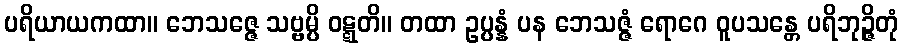
ပရိယာယကထာ။ ဘေသဇ္ဇေ သဗ္ဗမ္ပိ ဝဋ္ဋတိ။ တထာ ဥပ္ပန္နံ ပန ဘေသဇ္ဇံ ရောဂေ ဝူပသန္တေ ပရိဘုဉ္ဇိတုံ